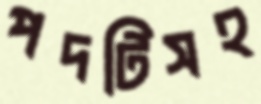
পদটিসহ